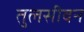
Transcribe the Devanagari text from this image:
तुलसीवन